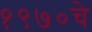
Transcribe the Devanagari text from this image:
१९७०चे